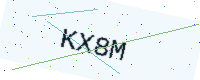
Text: KX8M